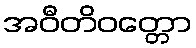
အဝီတိဝတ္တော